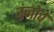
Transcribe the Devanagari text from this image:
स्नोवे